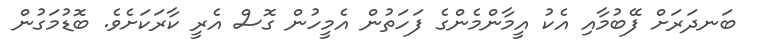
ބަނދަރަށް ފޭބުމާއި އެކު އީމާންމެންގެ ފަހަތުން އެމީހުން ގޮސް އެރީ ކާރަކަށެވެ. ބޮޑުމަގުން